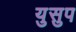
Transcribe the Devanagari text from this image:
युसुप